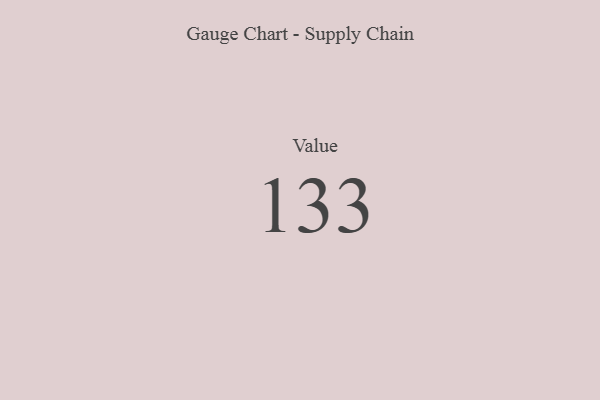
{"axis": {"x": "Metric", "y": "Value"}, "legend": [""], "data": [{"x": "Value", "y": 133, "type": ""}]}